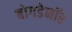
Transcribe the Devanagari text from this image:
बोगडेनॉर